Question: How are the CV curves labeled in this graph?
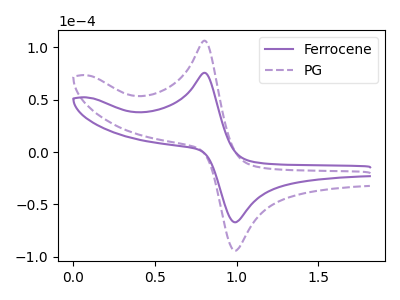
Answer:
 <answer>The purple curve is labeled "Ferrocene". The purple dashed curve is labeled "PG".</answer>
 <eval></eval>